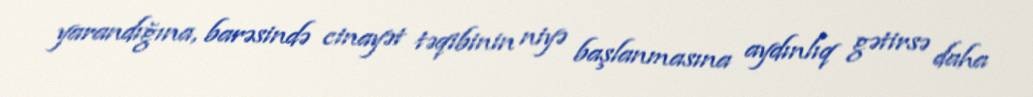
yarandığına, barəsində cinayət təqibinin niyə başlanmasına aydınlıq gətirsə daha